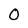
Character: O